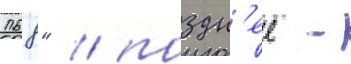
168" / поздн'ее -